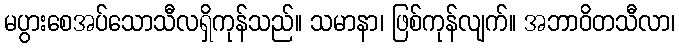
မပွားစေအပ်သောသီလရှိကုန်သည်။ သမာနာ၊ ဖြစ်ကုန်လျက်။ အဘာဝိတသီလာ၊